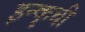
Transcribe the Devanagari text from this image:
इन्कृची